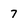
Character: 7